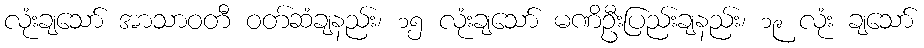
လုံးချသော် အာသာဝတီ ဝတ်ဆံချနည်း၊ ၁၅ လုံးချသော် မဏိဦးပြည်းချနည်း၊ ၁၉ လုံး ချသော်